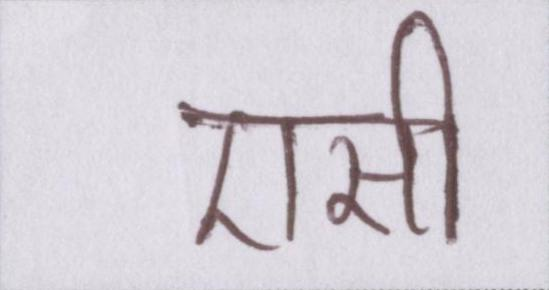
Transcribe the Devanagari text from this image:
एसी